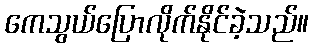
ကေသွယ်ပြောလိုက်နိုင်ခဲ့သည်။